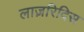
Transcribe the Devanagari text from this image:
लाज़रिदिस